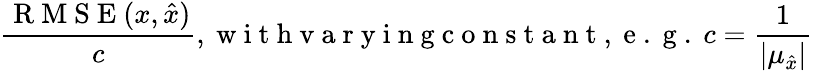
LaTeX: \frac{\mathrm{~R~M~S~E~}(x,\hat{x})}{c},\mathrm{~w~i~t~h~v~a~r~y~i~n~g~c~o~n~s~t~a~n~t~,~e~.~g~.~}c=\frac{1}{\lvert\mu_{\hat{x}}\rvert}